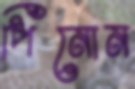
পিনোন